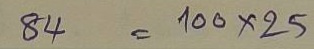
84 = 100x25